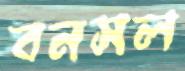
বনসল